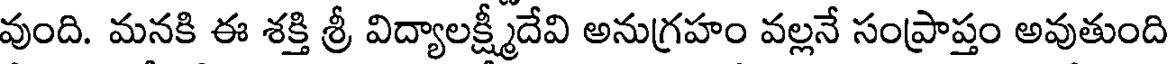
వుంది. మనకి ఈ శక్తి శ్రీ విద్యాలక్ష్మీదేవి అనుగ్రహం వల్లనే సంప్రాప్తం అవుతుంది